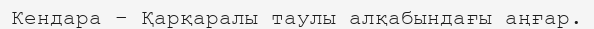
Кендара – Қарқаралы таулы алқабындағы аңғар.